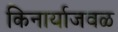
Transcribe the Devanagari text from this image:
किनार्याजवळ